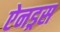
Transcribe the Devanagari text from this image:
ऐनड्रस